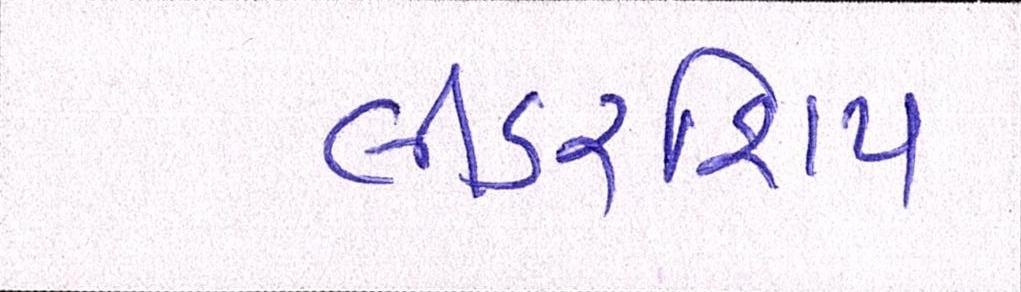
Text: લીડરશિપ